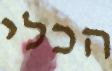
הכלי